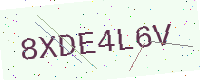
Text: 8XDE4L6V